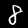
Label: 8